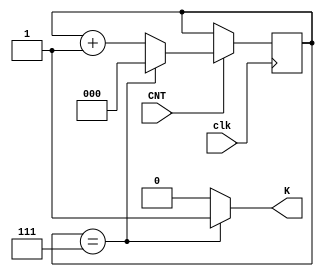
`define MPNum 8

module upcounter_3bits
(
	input clk,
	input CNT,
	output K
);

reg [2:0] Count;

initial 
begin
	Count = 3'd0;
end

assign K = (Count == `MPNum-1)? 1'd1 : 1'd0;

always @(posedge clk)
begin
	if(CNT)
	begin
		if (Count == `MPNum-1) Count <= 3'd0;
		else Count <= Count + 3'd1;
	end
	else Count <= Count;
end

endmodule